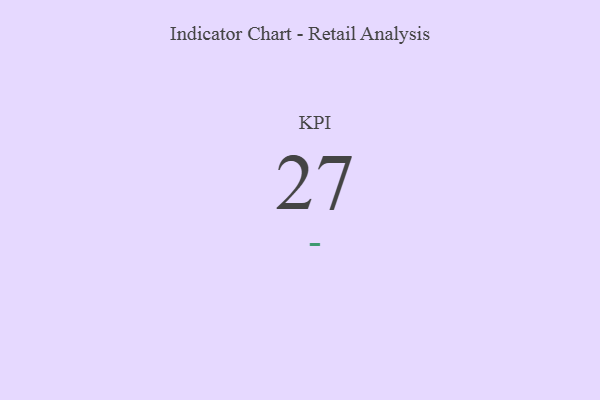
{"axis": {"x": "KPI", "y": "Value"}, "legend": [""], "data": [{"x": "KPI", "y": 27, "type": ""}]}